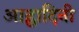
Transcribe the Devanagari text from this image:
आह्वादिनी